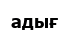
адығ